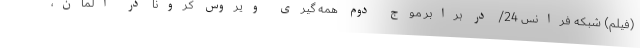
(فیلم) شبکه فرانس 24/ در برابر موج دوم همه گیری ویروس کرونا در آلمان،